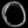
Digit: ၀